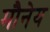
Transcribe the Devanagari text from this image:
मौनेय